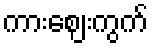
ကားဈေးကွက်